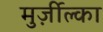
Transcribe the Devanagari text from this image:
मुर्ज़ील्का